画像に写った文字を読んでください
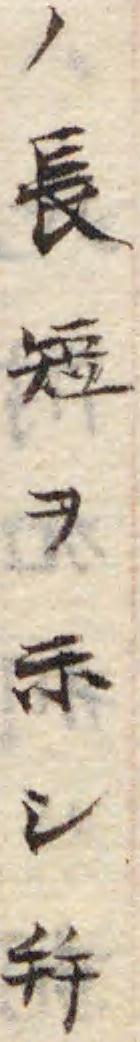
「ノ長短ヲ示シ幷」と書いてあります